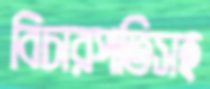
বিচারপতিসহ